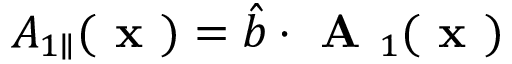
{ A } _ { 1 \parallel } ( \textbf { x } ) = \hat { b } \boldsymbol { \cdot } \textbf { A } _ { 1 } ( \textbf { x } )